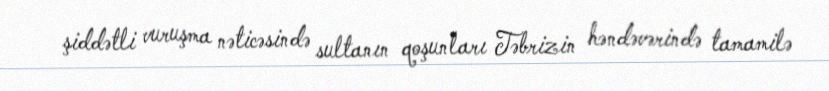
şiddətli vuruşma nəticəsində sultanın qoşunları Təbrizin həndəvərində tamamilə